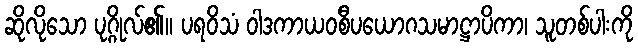
ဆိုလိုသော ပုဂ္ဂိုလ်၏။ ပရဝိသံ ဝါဒကာယဝစီပယောဂသမာဋ္ဌာပိကာ၊ သူတစ်ပါးကို